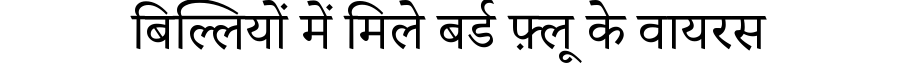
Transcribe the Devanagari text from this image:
बिल्लियों में मिले बर्ड फ़्लू के वायरस